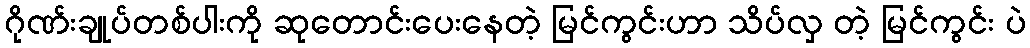
ဂိုဏ်းချုပ်တစ်ပါးကို ဆုတောင်းပေးနေတဲ့ မြင်ကွင်းဟာ သိပ်လှ တဲ့ မြင်ကွင်း ပဲ